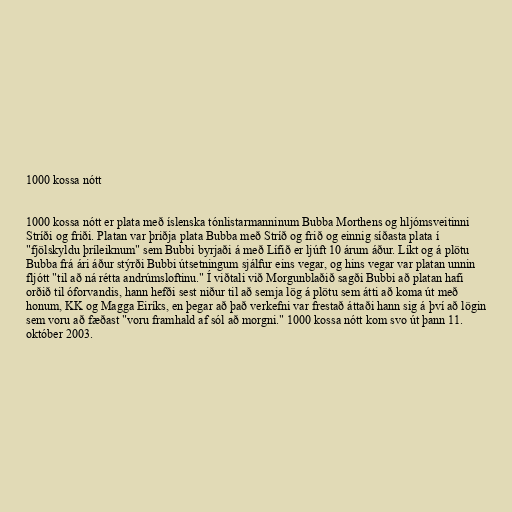
1000 kossa nótt

1000 kossa nótt er plata með íslenska tónlistarmanninum Bubba Morthens og hljómsveitinni
Stríði og friði. Platan var þriðja plata Bubba með Stríð og frið og einnig síðasta plata í
"fjölskyldu þríleiknum" sem Bubbi byrjaði á með Lífið er ljúft 10 árum áður. Líkt og á plötu
Bubba frá ári áður stýrði Bubbi útsetningum sjálfur eins vegar, og hins vegar var platan unnin
fljótt "til að ná rétta andrúmsloftinu." Í viðtali við Morgunblaðið sagði Bubbi að platan hafi
orðið til óforvandis, hann hefði sest niður til að semja lög á plötu sem átti að koma út með
honum, KK og Magga Eiríks, en þegar að það verkefni var frestað áttaði hann sig á því að lögin
sem voru að fæðast "voru framhald af sól að morgni." 1000 kossa nótt kom svo út þann 11.
október 2003.